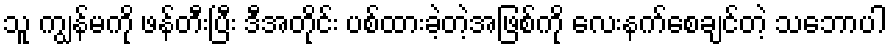
သူ ကျွန်မကို ဖန်တီးပြီး ဒီအတိုင်း ပစ်ထားခဲ့တဲ့အဖြစ်ကို လေးနက်စေချင်တဲ့ သဘောပါ